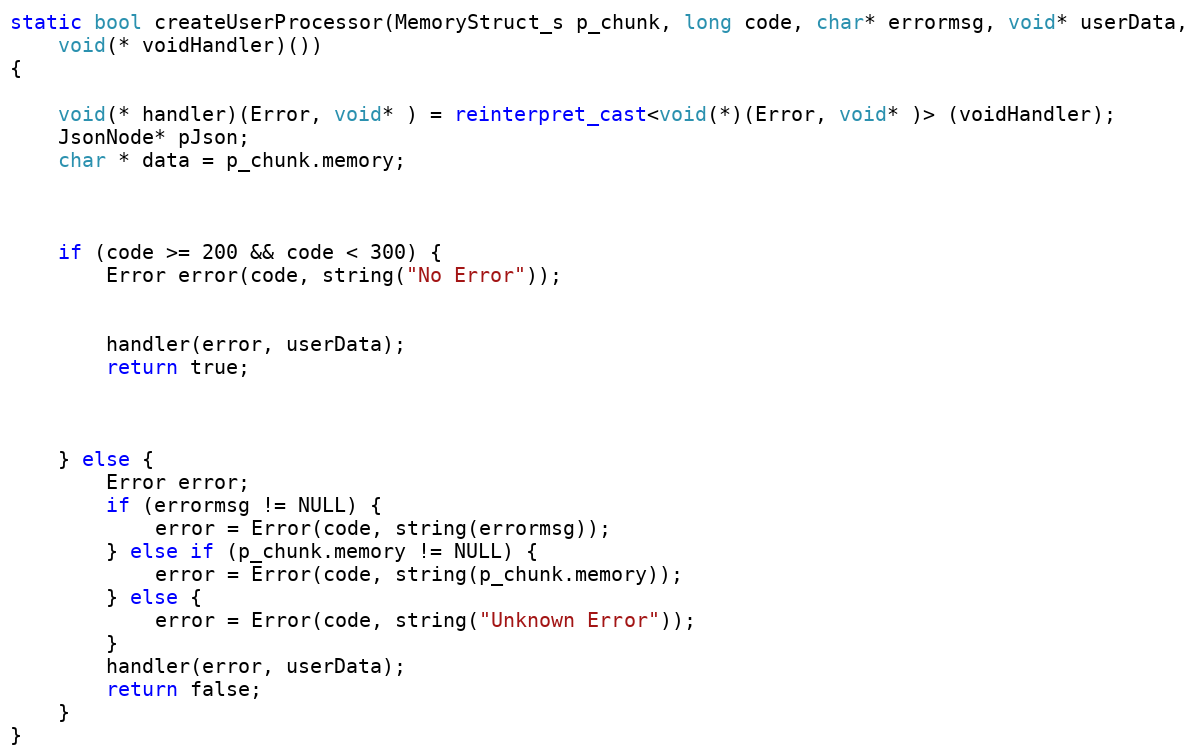
Language: C++
static bool createUserProcessor(MemoryStruct_s p_chunk, long code, char* errormsg, void* userData,
	void(* voidHandler)())
{

	void(* handler)(Error, void* ) = reinterpret_cast<void(*)(Error, void* )> (voidHandler);
	JsonNode* pJson;
	char * data = p_chunk.memory;

	if (code >= 200 && code < 300) {
		Error error(code, string("No Error"));

		handler(error, userData);
		return true;

	} else {
		Error error;
		if (errormsg != NULL) {
			error = Error(code, string(errormsg));
		} else if (p_chunk.memory != NULL) {
			error = Error(code, string(p_chunk.memory));
		} else {
			error = Error(code, string("Unknown Error"));
		}
		handler(error, userData);
		return false;
	}
}